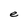
Character: e